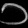
Digit: ၁